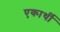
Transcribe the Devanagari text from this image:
एकार्थी